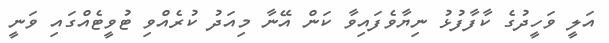
އަލީ ވަހީދުގެ ކާފާފުޅު ނިޔާވެފައިވާ ކަން އޭނާ މިއަދު ކުރެއްވި ޓުވީޓެއްގައި ވަނީ